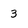
Character: 3